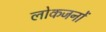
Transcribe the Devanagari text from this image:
लोकजनों